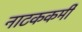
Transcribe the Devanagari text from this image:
नाटककर्मी